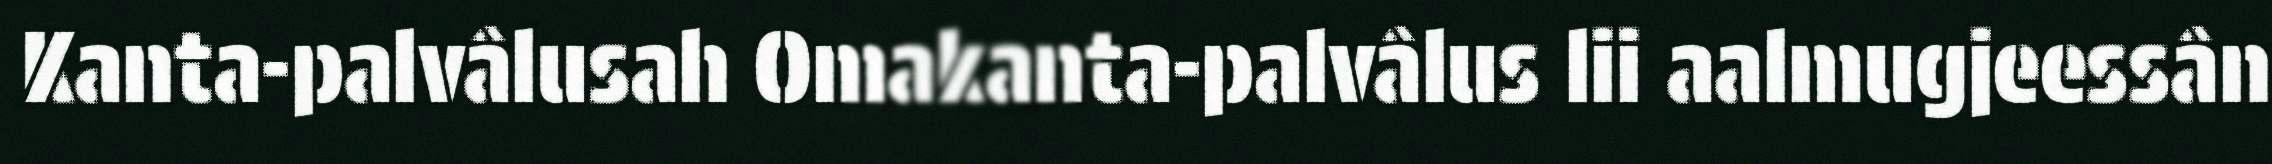
Kanta-palvâlusah Omakanta-palvâlus lii aalmugjeessân